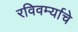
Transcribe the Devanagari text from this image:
रविवर्म्याचे